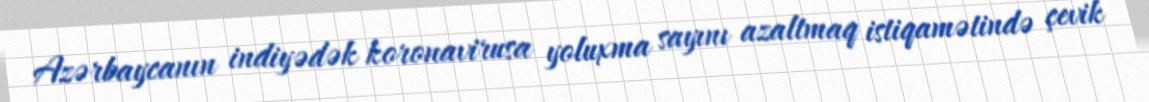
Azərbaycanın indiyədək koronavirusa yoluxma sayını azaltmaq istiqamətində çevik